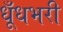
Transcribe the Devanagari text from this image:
धूँधभरी